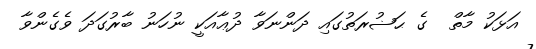
އަޅަކު މާތް  ގެ ޙަޟުރަތުގައި ދަންނަވާ ދުޢާއަކީ ނުހަނު ބާރުގަދަ ވެގެންވާ